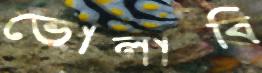
ভোলাবি